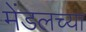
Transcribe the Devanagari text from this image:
मेंडलच्या